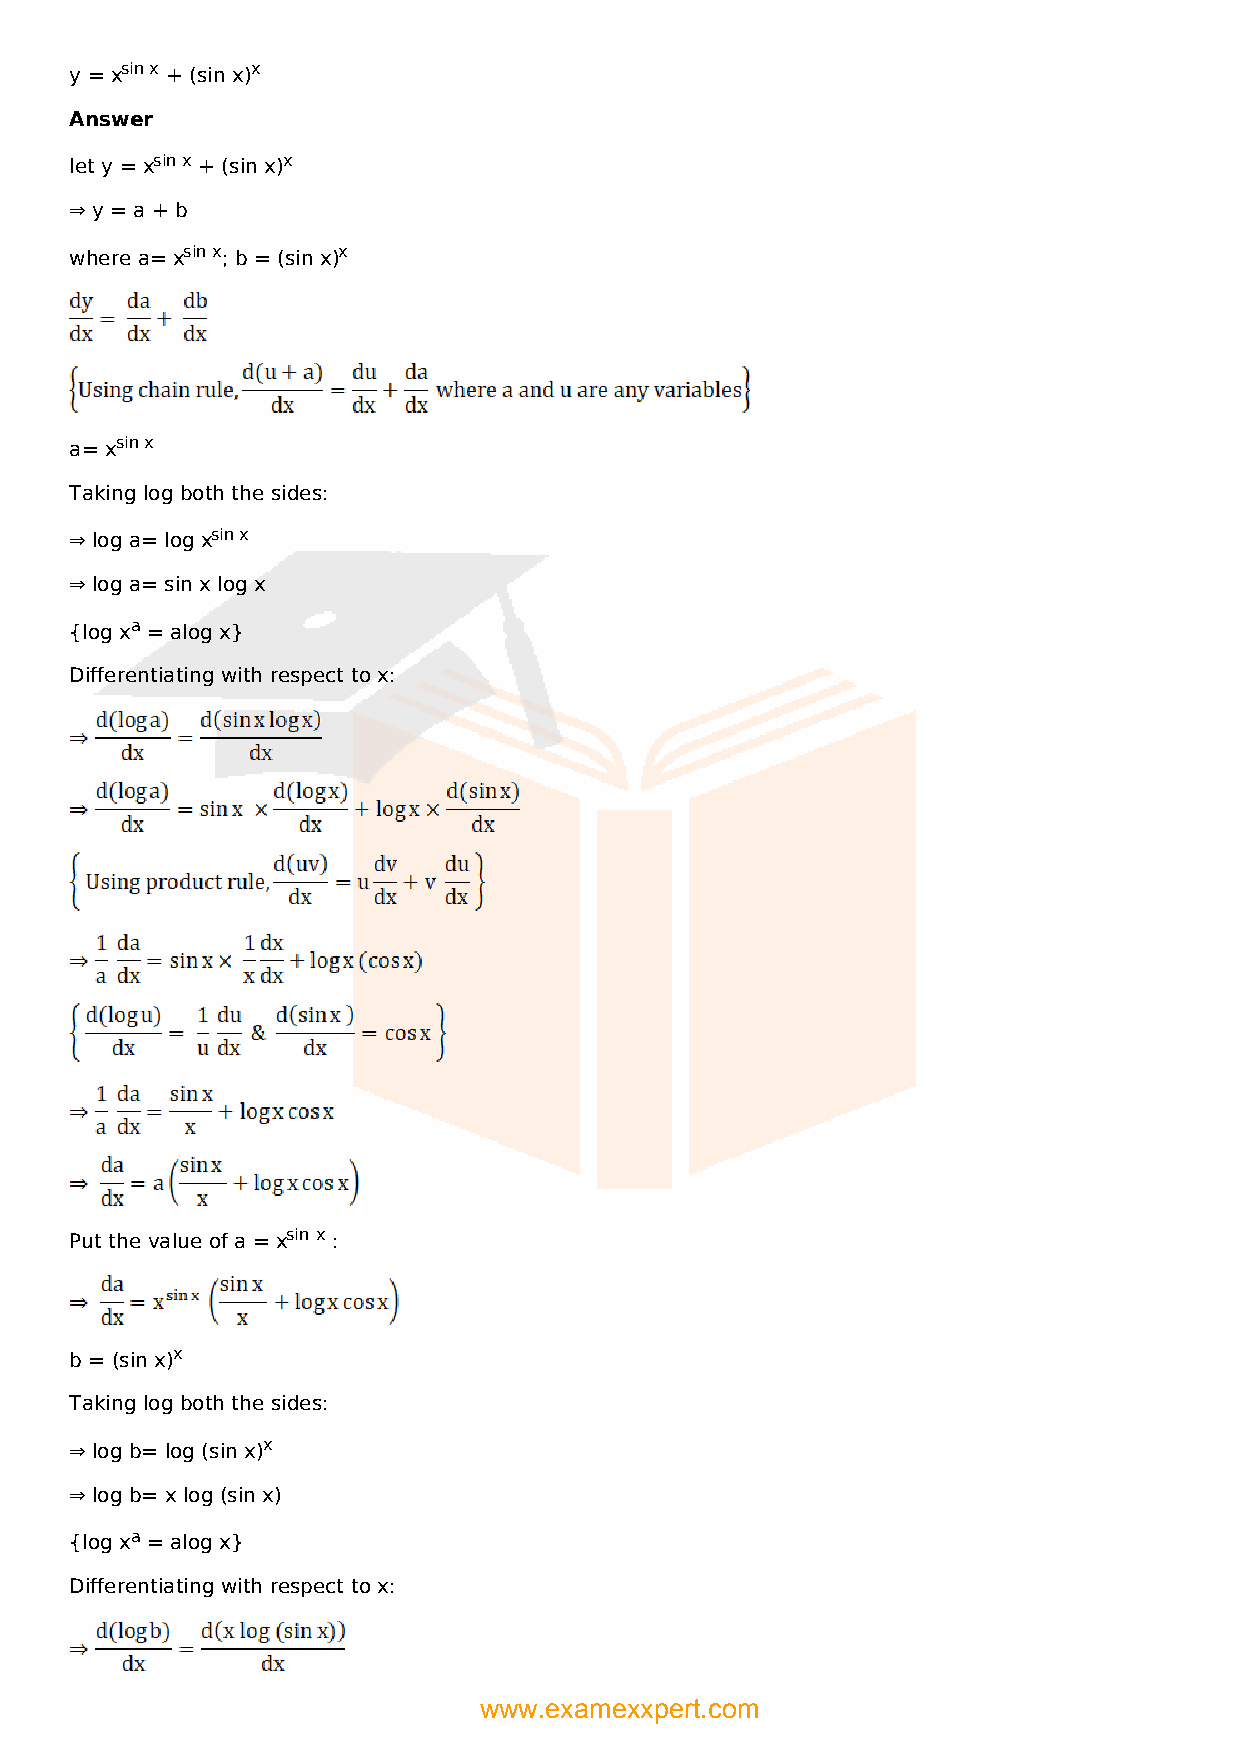
y = xsin x + (sin x)x
 Answer
 let y = xsin x + (sin x)x
 ⇒ y = a + b
 where a= xsin x; b = (sin x)x
 a= xsin x
 Taking log both the sides:
 ⇒ log a= log xsin x
 ⇒ log a= sin x log x
 {log xa = alog x}
 Differentiating with respect to x:
 Put the value of a = xsin x :
 b = (sin x)x
 Taking log both the sides:
 ⇒ log b= log (sin x)x
 ⇒ log b= x log (sin x)
 {log xa = alog x}
 Differentiating with respect to x:
 www.examexxpert.com